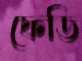
ফেডি